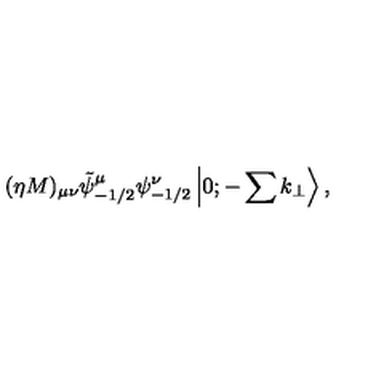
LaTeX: ( \eta M ) _ { \mu \nu } \tilde { \psi } _ { - 1 / 2 } ^ { \mu } \psi _ { - 1 / 2 } ^ { \nu } \left| 0 ; - \sum k _ { \perp } \right> ,